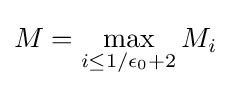
M=\max _{i\leq 1/\epsilon _{0}+2}M_{i}